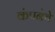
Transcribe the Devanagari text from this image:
कंपनेचे